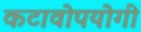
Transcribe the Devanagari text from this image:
कटावोपयोगी